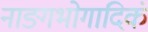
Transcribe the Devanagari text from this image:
नाङ्गभोगादिकं